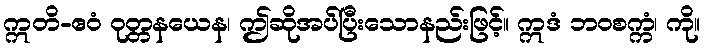
ဣတိ-ဧဝံ ဝုတ္တနယေန၊ ဤဆိုအပ်ပြီးသောနည်းဖြင့်။ ဣဒံ ဘဝစက္ကံ၊ ကို။